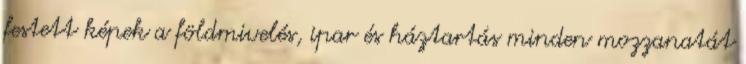
festett képek a földmivelés, ipar és háztartás minden mozzanatát